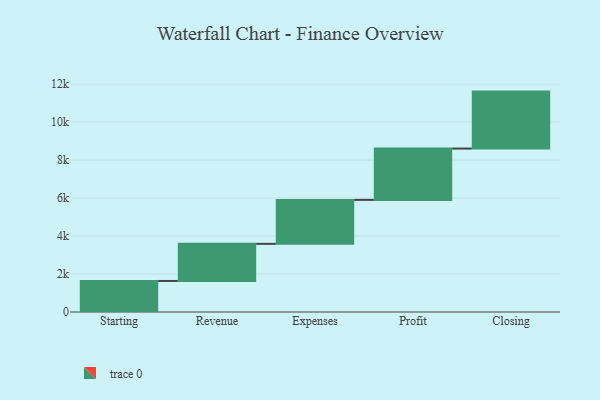
{"axis": {"x": "Step", "y": "Value"}, "legend": [""], "data": [{"x": "Starting", "y": 1635.0, "type": ""}, {"x": "Revenue", "y": 1954.0, "type": ""}, {"x": "Expenses", "y": 2315.0, "type": ""}, {"x": "Profit", "y": 2703.0, "type": ""}, {"x": "Closing", "y": 3000, "type": ""}]}